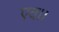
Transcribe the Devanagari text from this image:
एव।।